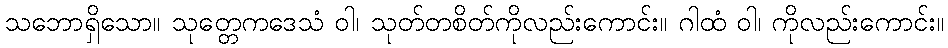
သဘောရှိသော။ သုတ္တေကဒေသံ ဝါ၊ သုတ်တစိတ်ကိုလည်းကောင်း။ ဂါထံ ဝါ၊ ကိုလည်းကောင်း။